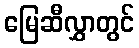
မြေဆီလွှာတွင်